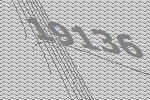
19136